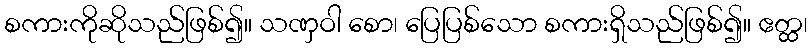
စကားကိုဆိုသည်ဖြစ်၍။ သဏှဝါ စော၊ ပြေပြစ်သော စကားရှိသည်ဖြစ်၍။ ဧတ္ထ၊